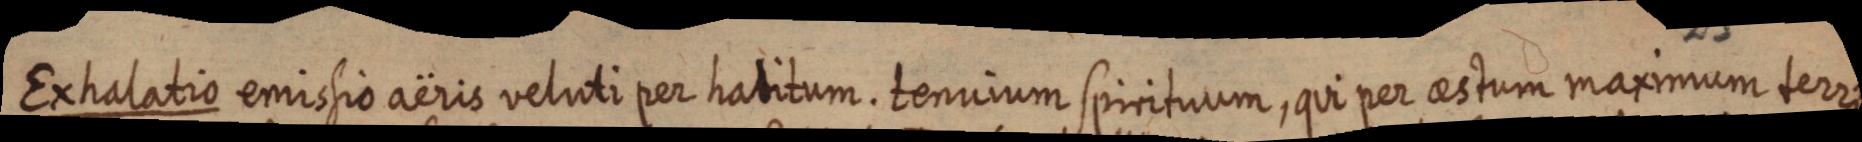
Exhalatio emissio aëris veluti per habitum. tennium spirituum, qui per aestum maximum terra